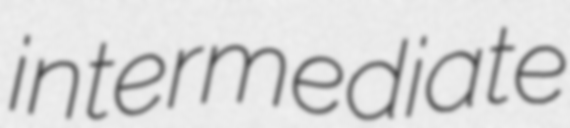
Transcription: intermediate